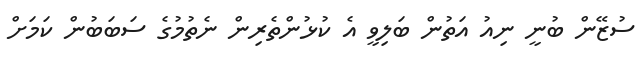
ސުޒޭން ބުނީ ނިއު އަތުން ބަލިވީ އެ ކުޅުންތެރިން ނެތުމުގެ ސަބަބުން ކަމަށް